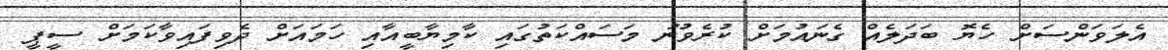
އެލަވަންސަށް ހެޔޮ ބަދަލެއް ގެނައުމަށް ކުރެވުނު މަސައްކަތުގައި ކާމިޔާބީއާއި ހަމައަށް ދެވިފައިވާކަމަށް ސީޕީ